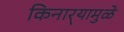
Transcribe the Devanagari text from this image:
किनार्‍यामुळे